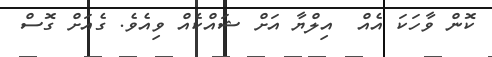
ކޮން ވާހަކަ އެއް  އިލްޔާ އަށް ޝައްކެއް ވިއެވެ. ގެއަށް ގޮސް